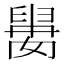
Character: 𱼰